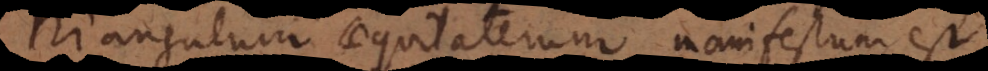
triangulum aequilaterum, manifestum est